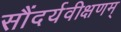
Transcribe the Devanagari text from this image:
सौंदर्यवीक्षणम्